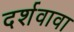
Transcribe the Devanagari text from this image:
दर्शवावा